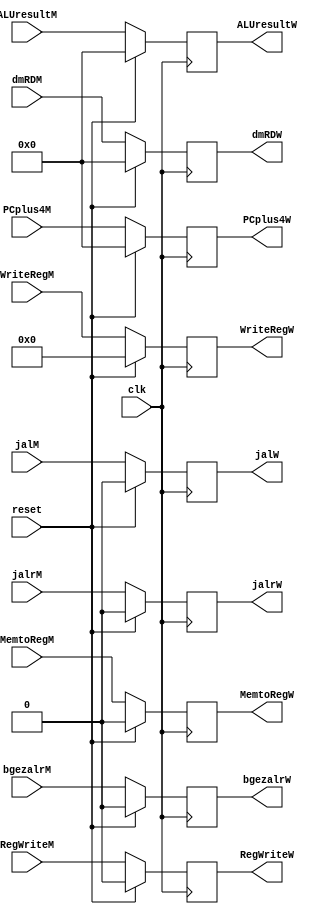
`timescale 1ns / 1ps
//////////////////////////////////////////////////////////////////////////////////
// Company: 
// Engineer: 
// 
// Design Name: 
// Module Name:    M_W_pipeReg 
// Project Name: 
// Target Devices: 
// Tool versions: 
// Description: 
//
// Dependencies: 
//
// Revision: 
// Revision 0.01 - File Created
// Additional Comments: 
//
//////////////////////////////////////////////////////////////////////////////////
module M_W_pipeReg(
    input RegWriteM,
    input MemtoRegM,
    input [31:0] ALUresultM,
    input [4:0] WriteRegM,
    input [31:0] dmRDM,
	 input [31:0] PCplus4M,
	 input clk,
	 input reset,
	 input jalM,
	 input jalrM,
	 input bgezalrM,
    output reg RegWriteW,
    output reg MemtoRegW,
    output reg [31:0] dmRDW,
    output reg [31:0] ALUresultW,
    output reg [4:0] WriteRegW,
	 output reg [31:0] PCplus4W,
	 output reg jalW,
	 output reg jalrW,
	 output reg bgezalrW
    );
		
		initial 	begin
			RegWriteW <= 0;
			MemtoRegW <= 0;
			dmRDW <= 0;
			ALUresultW <= 0;
			WriteRegW <= 0;
			PCplus4W <= 0;
			jalW <= 0;
			jalrW <= 0;
			bgezalrW <= 0;
		end
		
		always @(posedge clk)	begin
			if(reset) begin
				RegWriteW <= 0;
				MemtoRegW <= 0;
				dmRDW <= 0;
				ALUresultW <= 0;
				WriteRegW <= 0;
				PCplus4W <= 0;
				jalW <= 0;
				jalrW <= 0;
				bgezalrW <= 0;
			end
			else	begin
				RegWriteW <= RegWriteM;
				MemtoRegW <= MemtoRegM;
				dmRDW <= dmRDM;
				ALUresultW <= ALUresultM;
				WriteRegW <= WriteRegM;
				PCplus4W <= PCplus4M;
				jalW <= jalM;
				jalrW <= jalrM;
				bgezalrW <= bgezalrM;
			end
		end

endmodule